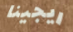
ريجينا